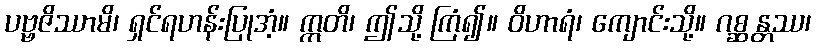
ပဗ္ဗဇိဿာမိ၊ ရှင်ရဟန်းပြုအံ့။ ဣတိ၊ ဤသို့ ကြံ၍။ ဝိဟာရံ၊ ကျောင်းသို့။ ဂစ္ဆန္တဿ၊